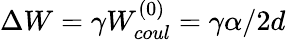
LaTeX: \Delta W=\gamma W_{coul}^{(0)}=\gamma\alpha/2d